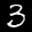
Label: 3